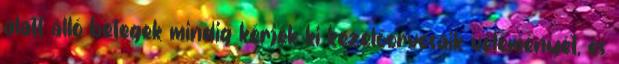
alatt álló betegek mindig kérjék ki kezelőorvosaik véleményét, és